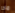
ماذا